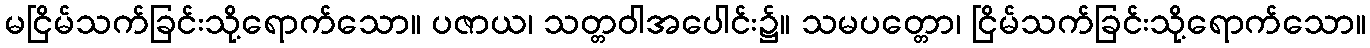
မငြိမ်သက်ခြင်းသို့ရောက်သော။ ပဇာယ၊ သတ္တဝါအပေါင်း၌။ သမပတ္တော၊ ငြိမ်သက်ခြင်းသို့ရောက်သော။